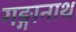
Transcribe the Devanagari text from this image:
गङ्गानाथ